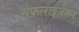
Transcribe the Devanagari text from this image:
सेफ़लाइज़ेशन